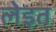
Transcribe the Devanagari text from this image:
लेइत